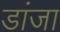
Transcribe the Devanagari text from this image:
डांजा